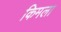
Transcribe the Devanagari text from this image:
किमला